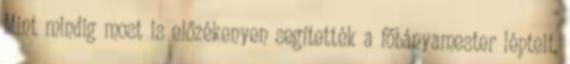
Mint mindig most is előzékenyen segítették a főbányamester lépteit,